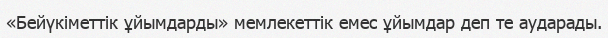
«Бейүкіметтік ұйымдарды» мемлекеттік емес ұйымдар деп те аударады.